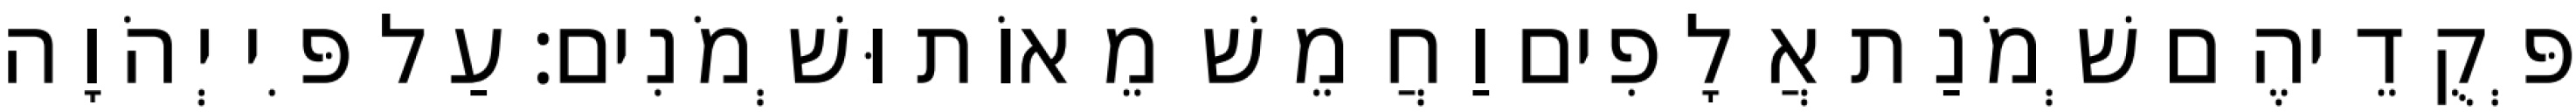
פְּקֻדֵיהֶם שְׁמֹנַת אֲלָפִים וַחֲמֵשׁ מֵאוֹת וּשְׁמֹנִים׃ עַל פִּי יְהֹוָה